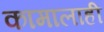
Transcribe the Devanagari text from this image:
कामालाही